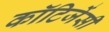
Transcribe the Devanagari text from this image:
कॉटिजेंसी